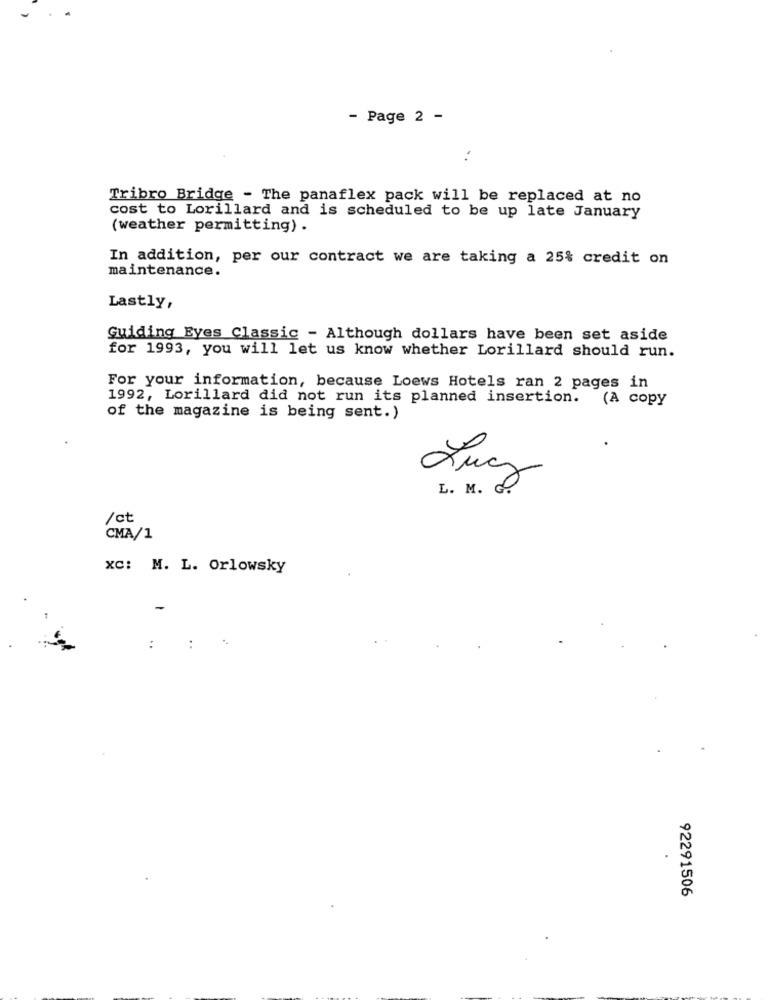
- Page 2 -
Tribro Bridge - The panaflex pack will be replaced at no
cost to Lorillard and is scheduled to be up late January
(weather permitting) .
In addition, per our contract we are taking a 25% credit on
maintenance.
Lastly,
Guiding Eyes Classic - Although dollars have been set aside
for 1993, you will let us know whether Lorillard should run.
For your information, because Loews Hotels ran 2 pages in
1992, Lorillard did not run its planned insertion.
(A copy
of the magazine is being sent.)
Lucy
L. M. G
/ct
CMA/1
XC: M. L. Orlowsky
.
-
..
..
92291506